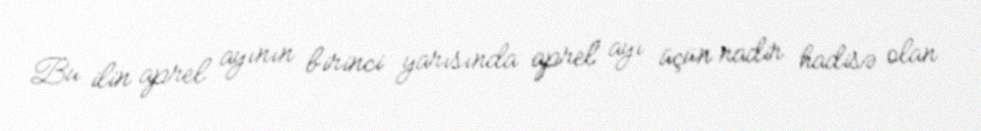
Bu ilin aprel ayının birinci yarısında aprel ayı üçün nadir hadisə olan